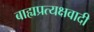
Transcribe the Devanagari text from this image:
बाह्यप्रत्यक्षवादी